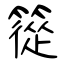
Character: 篵